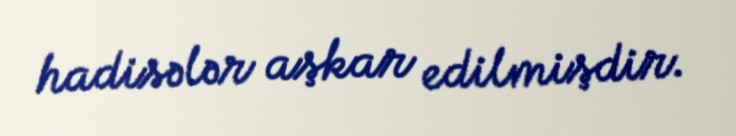
hadisələr aşkar edilmişdir.